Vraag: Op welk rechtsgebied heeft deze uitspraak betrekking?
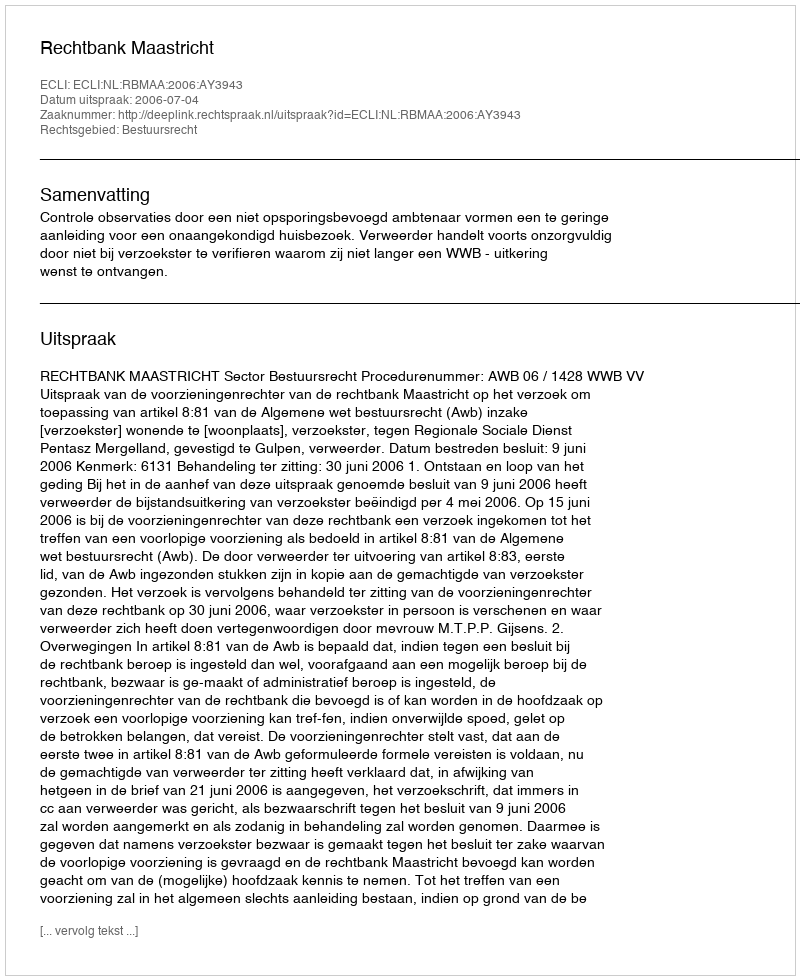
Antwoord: Bestuursrecht